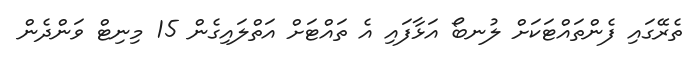
ތެރޭގައި ފެންތައްޓަކަށް ލުނބޯ އަޅާފައި އެ ތައްޓަށް އަތްލައިގެން 15 މިނިޓް ވަންދެން